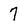
Character: 7